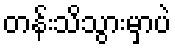
တန်းသိသွားမှာပဲ